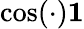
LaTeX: \cos(\cdot)\le 1